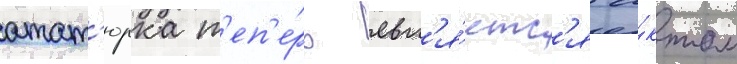
атат'юрка т'еп'е́рь явл'я́етс'я а́ктом